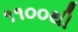
૧૧૦૦થી